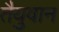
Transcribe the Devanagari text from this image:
तैयुवान